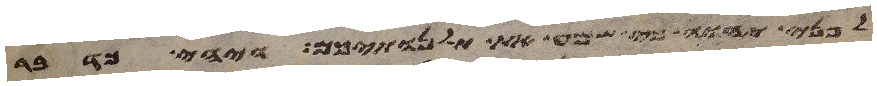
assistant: לפני יהוה כי שמע את תלנתיכם ויהי כדבר